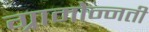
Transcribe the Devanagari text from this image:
ग्रामोन्नती